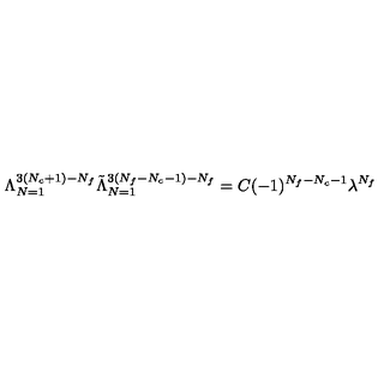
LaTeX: \Lambda _ { N = 1 } ^ { 3 ( N _ { c } + 1 ) - N _ { f } } \tilde { \Lambda } _ { N = 1 } ^ { 3 ( N _ { f } - N _ { c } - 1 ) - N _ { f } } = C ( - 1 ) ^ { N _ { f } - N _ { c } - 1 } \lambda ^ { N _ { f } }